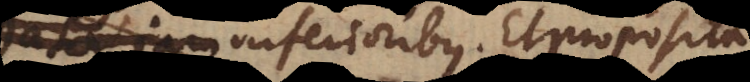
jam inferioribus. Et proposita